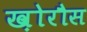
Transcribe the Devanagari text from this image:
ख़ोरौस